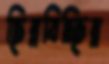
ছিন্নবিচ্ছিন্ন